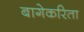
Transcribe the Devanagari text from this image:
बागेकरिता